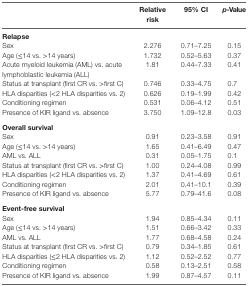
|  | Relative risk | 95% CI | p-Value |
 | --- | --- | --- | --- |
 | <COLSPAN=4> Relapse |
 | Sex | 2.276 | 0.71–7.25 | 0.15 |
 | Age (≤14 vs. >14 years) | 1.732 | 0.52–5.63 | 0.37 |
 | Acute myeloid leukemia (AML) vs. acute lymphoblastic leukemia (ALL) | 1.81 | 0.44–7.33 | 0.41 |
 | Status at transplant (first CR vs. >first C) | 0.746 | 0.33–4.75 | 0.7 |
 | HLA disparities (<2 HLA disparities vs. 2) | 0.626 | 0.19–1.99 | 0.42 |
 | Conditioning regimen | 0.531 | 0.06–4.12 | 0.51 |
 | Presence of KIR ligand vs. absence | 3.750 | 1.09–12.8 | 0.03 |
 | <COLSPAN=4> Overall survival |
 | Sex | 0.91 | 0.23–3.58 | 0.91 |
 | Age (≤14 vs. >14 years) | 1.65 | 0.41–6.49 | 0.47 |
 | AML vs. ALL | 0.31 | 0.05–1.75 | 0.1 |
 | Status at transplant (first CR vs. >first C) | 1.00 | 0.24–4.08 | 0.99 |
 | HLA disparities (<2 HLA disparities vs. 2) | 1.37 | 0.41–4.69 | 0.61 |
 | Conditioning regimen | 2.01 | 0.41–10.1 | 0.39 |
 | Presence of KIR ligand vs. absence | 5.77 | 0.79–41.6 | 0.08 |
 | <COLSPAN=4> Event-free survival |
 | Sex | 1.94 | 0.85–4.34 | 0.11 |
 | Age (≤14 vs. >14 years) | 1.51 | 0.66–3.42 | 0.33 |
 | AML vs. ALL | 1.77 | 0.68–4.58 | 0.24 |
 | Status at transplant (first CR vs. >first C) | 0.79 | 0.34–1.85 | 0.61 |
 | HLA disparities (≤2 HLA disparities vs. 2) | 1.12 | 0.52–2.52 | 0.77 |
 | Conditioning regimen | 0.58 | 0.13–2.51 | 0.58 |
 | Presence of KIR ligand vs. absence | 1.99 | 0.87–4.57 | 0.11 |